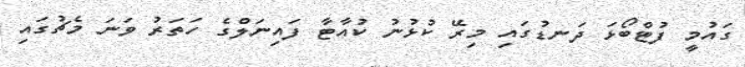
ގައުމީ ފުޓްބޯޅަ ދަނޑުގައި މިރޭ ކުޅުނު ކުއާޓާ ފައިނަލްގެ ހަތަރު ވަނަ މެޗުގައި